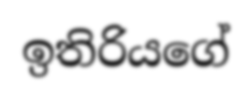
ඉතිරියගේ